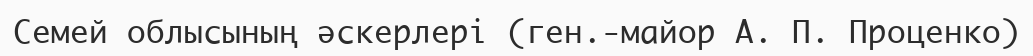
Семей облысының әскерлері (ген.-майор А. П. Проценко)